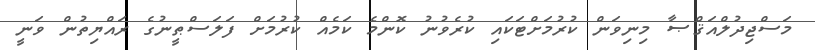
މަސްޖިދުލްއަޤްޞާ މިނިވަން ކުރުމަށްޓަކައި ކުރެވުނު ކޮންމެ ކަމެއް ކުރުމަށް ފަލަސްޠީނުގެ ރައްޔިތުން ވަނީ